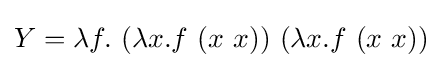
Y=\lambda f.\ (\lambda x.f\ (x\ x))\ (\lambda x.f\ (x\ x))